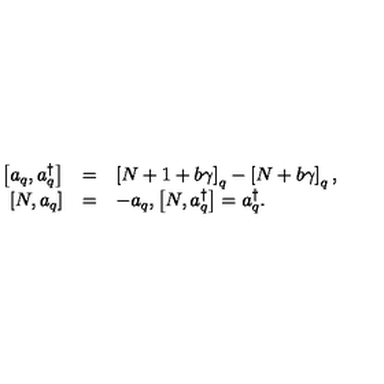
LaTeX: \begin{array} { r c l } { \displaystyle \left[ a _ { q } , a _ { q } ^ { \dagger } \right] } & { = } & { \left[ N + 1 + b \gamma \right] _ { q } - \left[ N + b \gamma \right] _ { q } , } \\ { \displaystyle \left[ N , a _ { q } \right] } & { = } & { - a _ { q } , \displaystyle \left[ N , a _ { q } ^ { \dagger } \right] = a _ { q } ^ { \dagger } . } \\ \end{array}